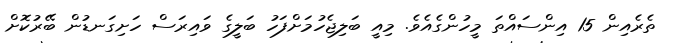
ތެރެއިން 15 އިންސައްތަ މީހުންގެއެވެ. މިއީ ބަލިޖެހުމަށްފަހު ބަލީގެ ވައިރަސް ހަށިގަނޑުން ބޭރުކޮށް